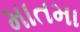
માતમા